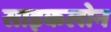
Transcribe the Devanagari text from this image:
साइकलोन